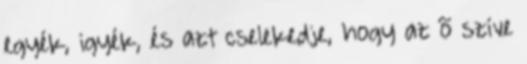
egyék, igyék, és azt cselekedje, hogy az õ szíve